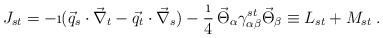
LaTeX: \begin{align*}J_{st} = -\i(\vec{q}_s\cdot\vec{\nabla}_t - \vec{q}_t\cdot\vec{\nabla}_s)-\frac{\i}{4} \,\vec{\Theta}_\alpha \gamma^{st}_{\alpha\beta} \vec{\Theta}_\beta\equiv L_{st}+M_{st}\;. \end{align*}